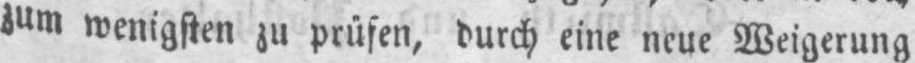
zum wenigsten zu prüfen, durch eine neue Weigerung